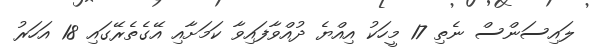
ލައިސަންސް ނެތި 17 މީހަކު އިއްޔެ ދުއްވާފައިވާ ކަމަށާއި އޭގެތެރޭގައި 18 އަހަރު